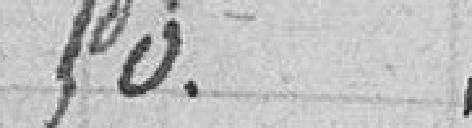
50.